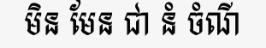
មិន មែន ជា នំ ចំណី